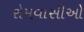
રોમવાસીઓ